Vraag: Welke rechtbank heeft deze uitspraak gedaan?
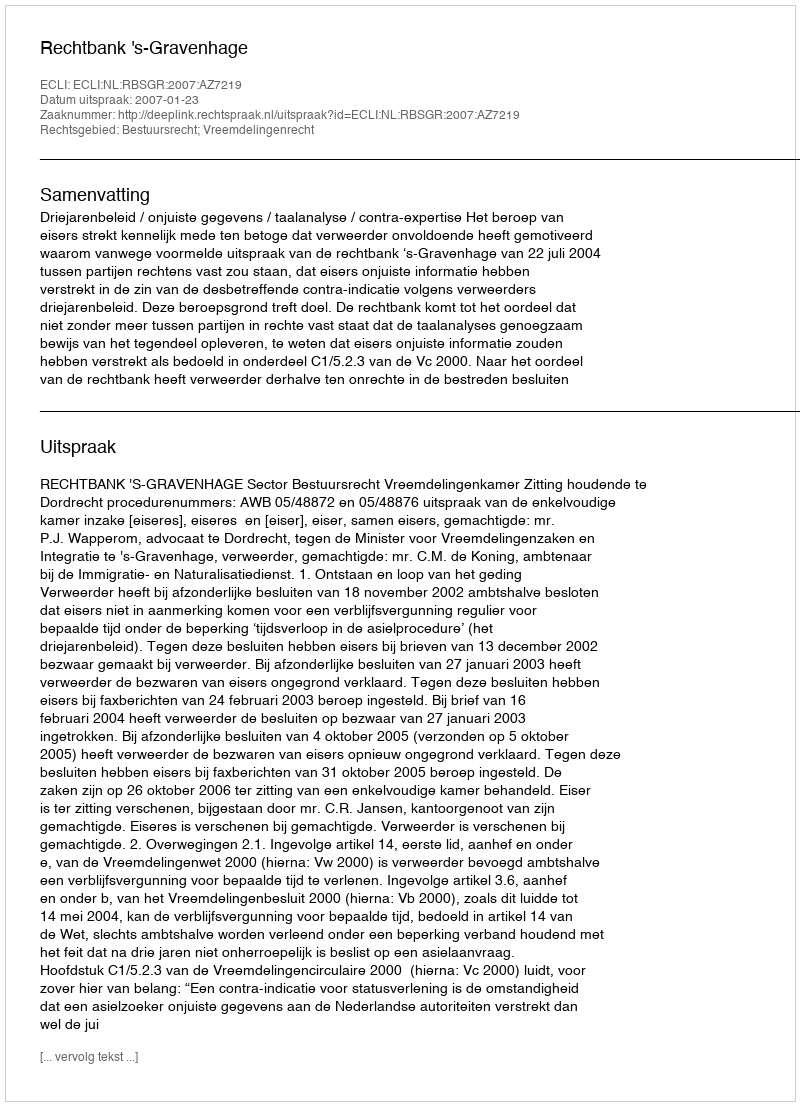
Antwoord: Rechtbank 's-Gravenhage